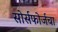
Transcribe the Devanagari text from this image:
सोर्सफोर्जचा